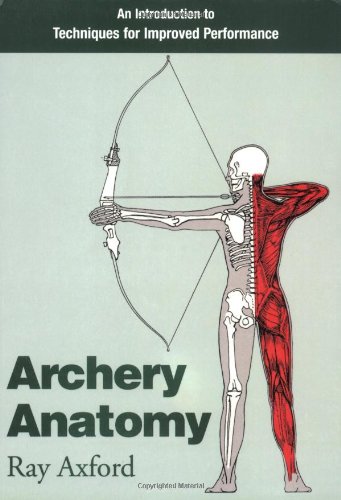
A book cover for Archery Anatomy: An Introduction to Techniques for Improved Performance; Ray Axford; Sports & Outdoors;